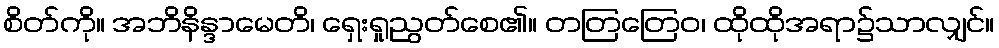
စိတ်ကို။ အဘိနိန္ဒာမေတိ၊ ရှေးရှုညွတ်စေ၏။ တတြတြေဝ၊ ထိုထိုအရာ၌သာလျှင်။